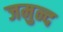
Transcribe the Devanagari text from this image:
जमुन्द